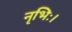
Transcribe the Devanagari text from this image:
नृभिः।